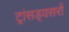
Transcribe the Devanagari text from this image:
ट्रांसड्यसरों